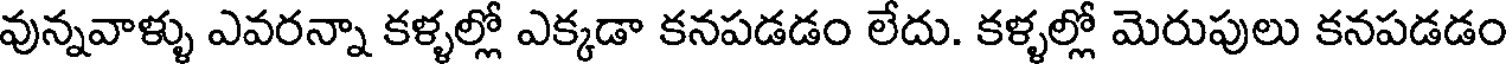
వున్నవాళ్ళు ఎవరన్నా కళ్ళల్లో ఎక్కడా కనపడడం లేదు. కళ్ళల్లో మెరుపులు కనపడడం